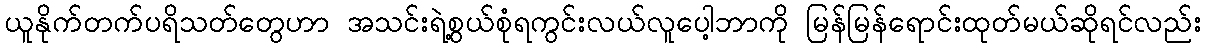
ယူနိုက်တက်ပရိသတ်တွေဟာ အသင်းရဲ့စွယ်စုံရကွင်းလယ်လူပေါ့ဘာကို မြန်မြန်ရောင်းထုတ်မယ်ဆိုရင်လည်း